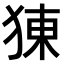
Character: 𤟈